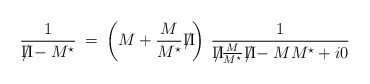
\begin{align*}\frac{1}{ {\Pi \hspace{-8pt}/} - M^{\star} } \> = \>\left ( M + \frac{M}{M^{\star}}{\Pi \hspace{-8pt}/} \right ) \> \frac{1}{{\Pi \hspace{-8pt}/} \frac{M}{M^{\star}}{\Pi \hspace{-8pt}/} - M M^{\star} + i 0 }\end{align*}